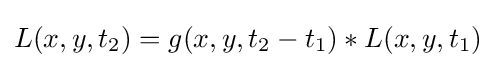
L(x,y,t_{2})=g(x,y,t_{2}-t_{1})*L(x,y,t_{1})